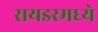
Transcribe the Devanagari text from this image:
रायडरमध्ये